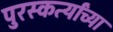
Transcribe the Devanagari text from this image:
पुरस्कर्त्यांच्या